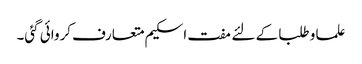
علما و طلبا کے لئے مفت اسکیم متعارف کروائی گئی۔